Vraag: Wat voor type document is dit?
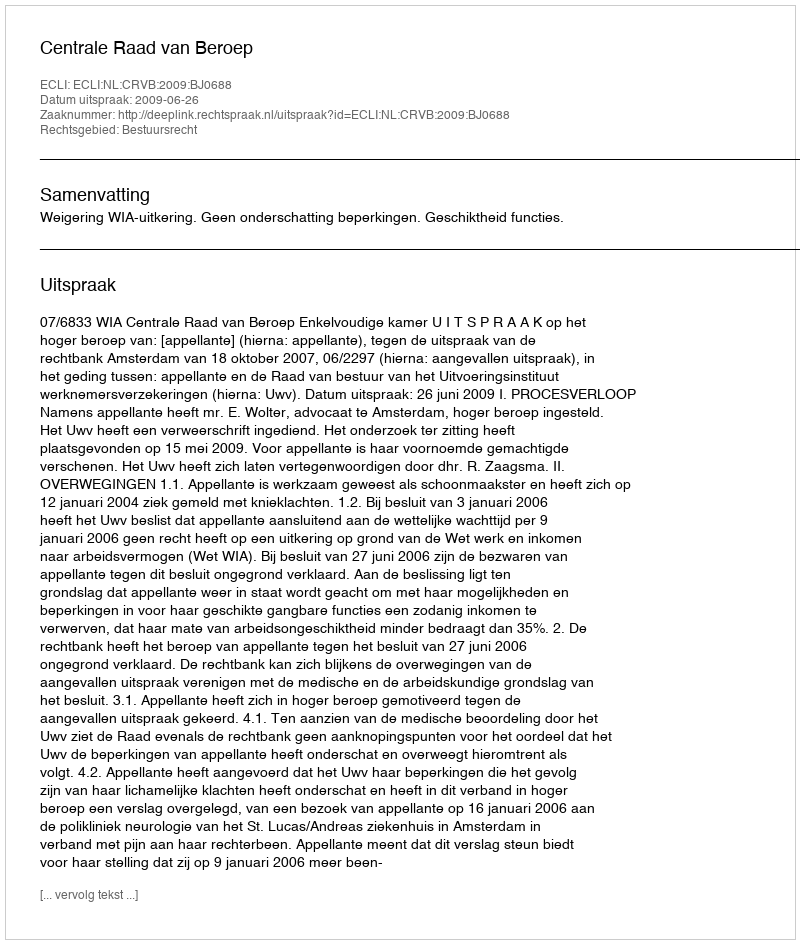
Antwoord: Uitspraak